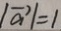
\vert \overrightarrow { a } \vert = 1